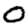
Digit: 0